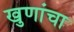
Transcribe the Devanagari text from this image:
खुणांचा